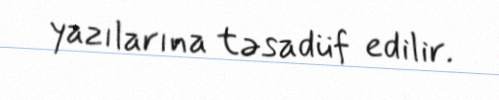
yazılarına təsadüf edilir.